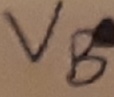
Text: VB